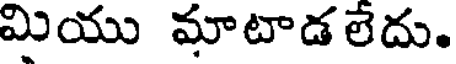
మియు మాటాడలేదు.